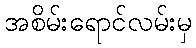
အစိမ်းရောင်လမ်းမှ